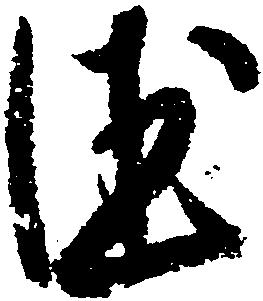
徳